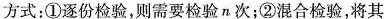
方式：①逐份检验，则需要检验n次；②混合检验，将其